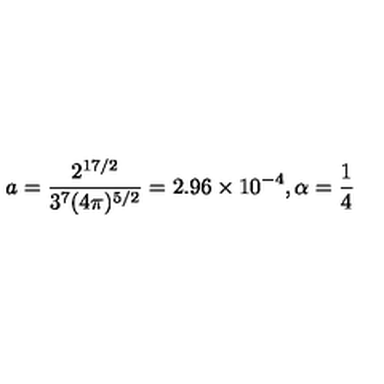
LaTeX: a = \frac { 2 ^ { 1 7 / 2 } } { 3 ^ { 7 } ( 4 \pi ) ^ { 5 / 2 } } = 2 . 9 6 \times 1 0 ^ { - 4 } , \alpha = \frac { 1 } { 4 }